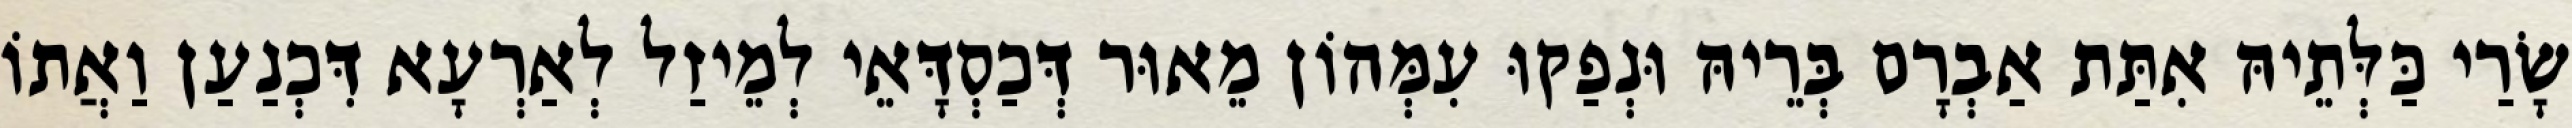
שָׂרַי כַּלְּתֵיהּ אִתַּת אַבְרָם בְּרֵיהּ וּנְפַקוּ עִמְּהוֹן מֵאוּר דְּכַסְדָּאֵי לְמֵיזַל לְאַרְעָא דִּכְנַעַן וַאֲתוֹ